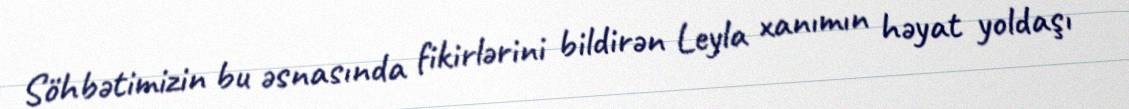
Söhbətimizin bu əsnasında fikirlərini bildirən Leyla xanımın həyat yoldaşı